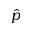
\hat { p }